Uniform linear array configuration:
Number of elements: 12
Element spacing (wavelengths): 0.75
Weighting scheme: hann
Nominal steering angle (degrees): -45
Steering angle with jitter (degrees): -43.687
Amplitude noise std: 0.05
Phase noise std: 0.05

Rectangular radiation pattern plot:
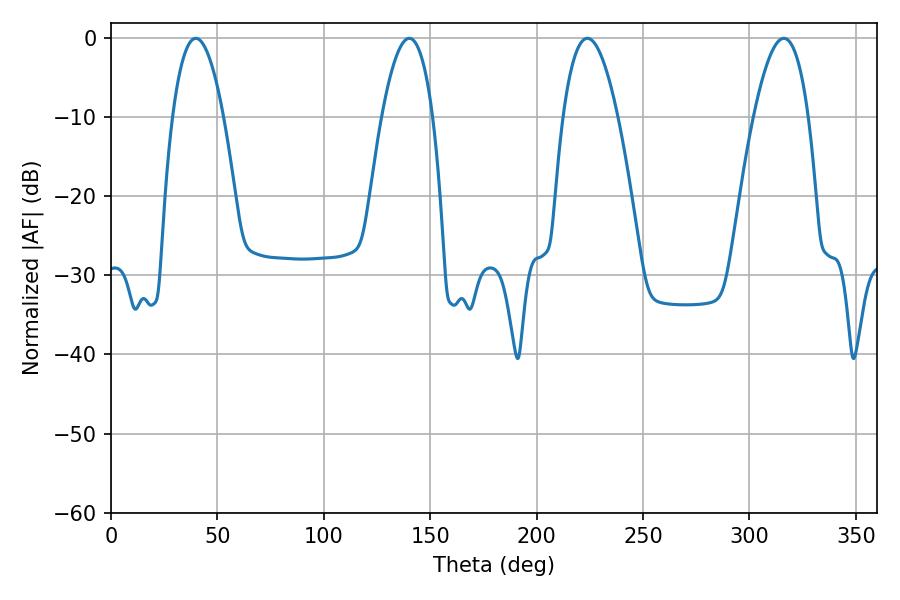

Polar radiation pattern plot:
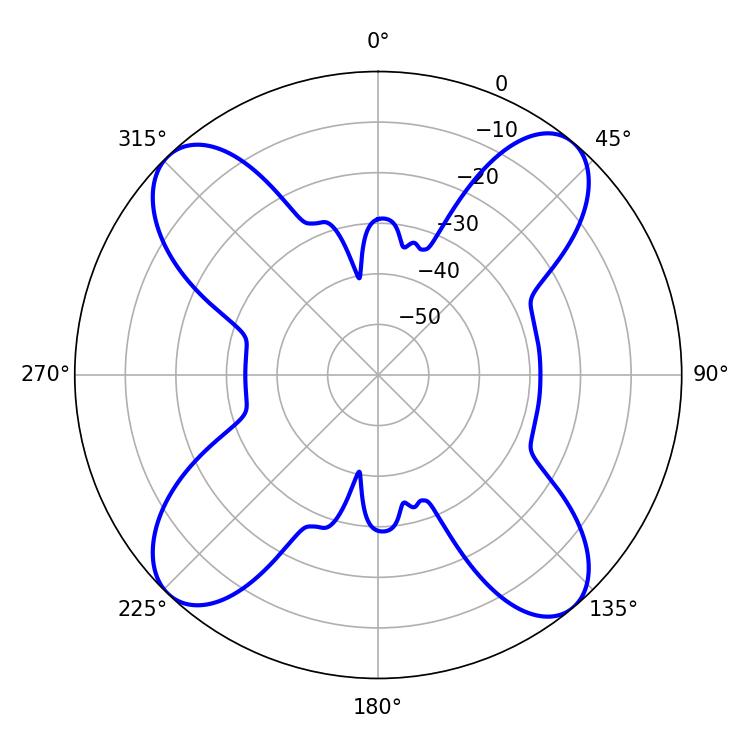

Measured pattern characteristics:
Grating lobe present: TRUE
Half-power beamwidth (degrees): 13.32
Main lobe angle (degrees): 39.78